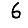
Digit: 6